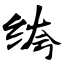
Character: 绔